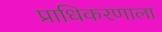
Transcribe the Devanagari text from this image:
प्राधिकरणाला